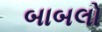
બાબલો